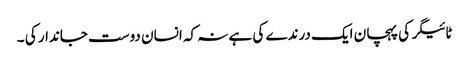
ٹائیگر کی پہچان ایک درندے کی ہے نہ کہ انسان دوست جاندار کی ۔